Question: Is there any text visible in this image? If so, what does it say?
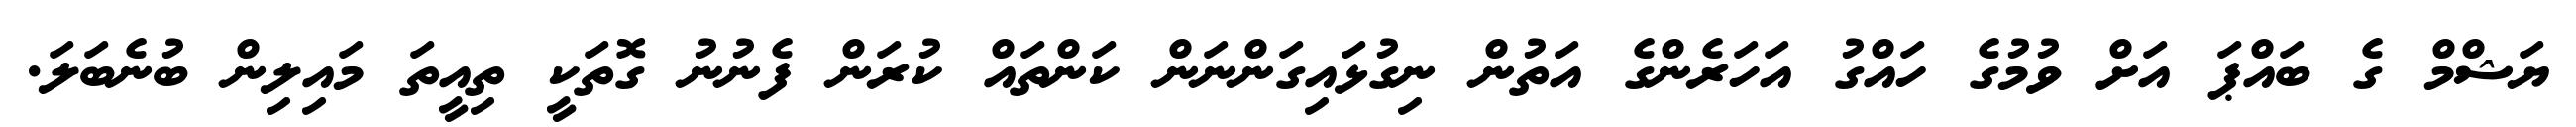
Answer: ޔަޝްމް ގެ ބައްޕަ އަށް ވުމުގެ ހައްގު އަހަރެންގެ އަތުން ނިގުޅައިގަންނަން ކަންތައް ކުރަން ފެނުނު ގޮތަކީ ތިއީތަ މައިލިން ބުނެބަލަ.